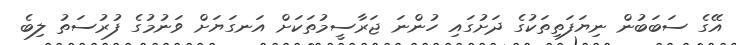
އޭގެ ސަބަބުން ނިޔަފަތިތަކުގެ ދަށުގައި ހުންނަ ޖަރާސީމުތަކަށް އަނގަޔަށް ވަނުމުގެ ފުރުސަތު ލިބެ